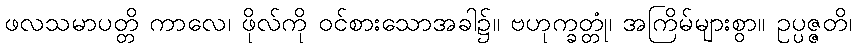
ဖလသမာပတ္တိ ကာလေ၊ ဖိုလ်ကို ဝင်စားသောအခါ၌။ ဗဟုက္ခတ္တုံ၊ အကြိမ်များစွာ။ ဥပ္ပဇ္ဇတိ၊